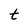
Character: t